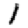
Digit: 1